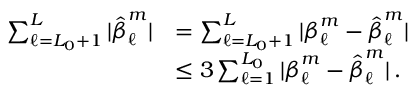
\begin{array} { r l } { \sum _ { \ell = L _ { 0 } + 1 } ^ { L } | \boldsymbol { \hat { \beta } } _ { \ell } ^ { m } | } & { = \sum _ { \ell = L _ { 0 } + 1 } ^ { L } | \boldsymbol { \beta } _ { \ell } ^ { m } - \boldsymbol { \hat { \beta } } _ { \ell } ^ { m } | } \\ & { \leq 3 \sum _ { \ell = 1 } ^ { L _ { 0 } } | \boldsymbol { \beta } _ { \ell } ^ { m } - \boldsymbol { \hat { \beta } } _ { \ell } ^ { m } | \, . } \end{array}